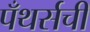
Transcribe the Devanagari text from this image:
पँथर्सची